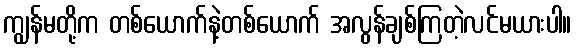
ကျွန်မတို့က တစ်ယောက်နဲ့တစ်ယောက် အလွန်ချစ်ကြတဲ့လင်မယားပါ။